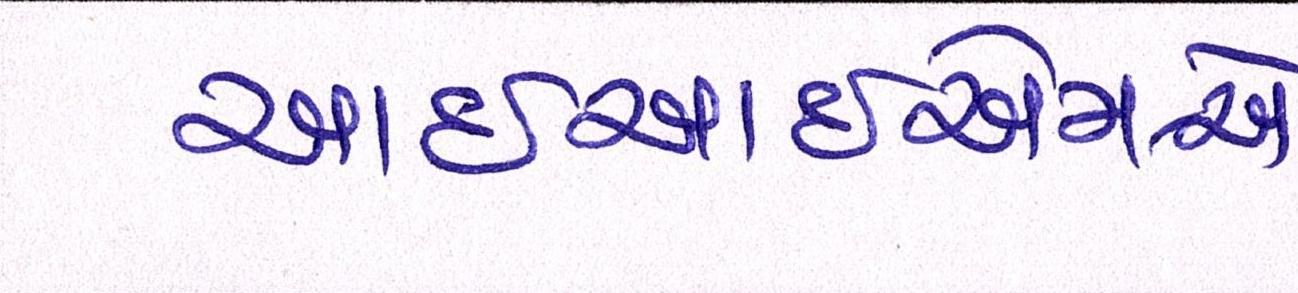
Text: આઇઆઇએમ-એ